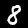
Label: 8